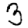
Digit: 3